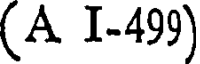
(A I-499)